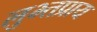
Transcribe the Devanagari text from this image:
लुभ्तप्राय